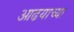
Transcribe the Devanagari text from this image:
आढयाच्या